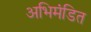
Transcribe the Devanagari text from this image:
अभिमंडित